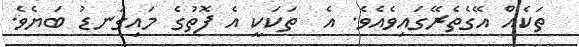
ތަކެއް އޭގެތެރޭގައިވެއެވެ. އެ  ތަކަކީ އެ ފޮތުގެ މައިގަނޑު ބަޔެެވެ.